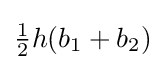
{\tfrac {1}{2}}h(b_{1}+b_{2})